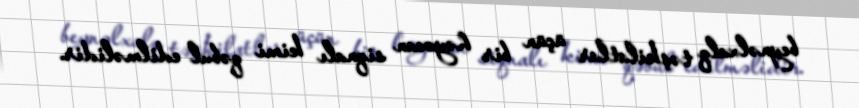
beynəlxalq təşkilatlar üçün bir həyəcan siqnalı kimi qəbul edilməlidir.